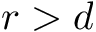
r > d